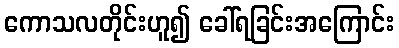
ကောသလတိုင်းဟူ၍ ခေါ်ရခြင်းအကြောင်း